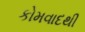
કોમવાદથી